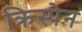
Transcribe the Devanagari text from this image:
क्रिस्पेन